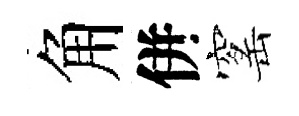
角併窰